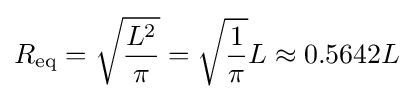
R_{\text{eq}}={\sqrt {\frac {L^{2}}{\pi }}}={\sqrt {\frac {1}{\pi }}}L\approx 0.5642L